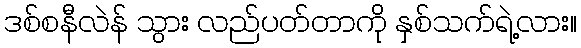
ဒစ်စနီလဲန် သွား လည်ပတ်တာကို နှစ်သက်ရဲ့လား။